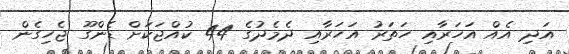
އަދި އެއް އަހަރާއި ހަތަރު އަހަރާއި ދެމެދުގެ 44 ކުއްޖަކަށް ޑެންގޫ ޖެހިގެން